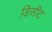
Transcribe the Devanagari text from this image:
डिसीट